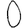
Digit: 0